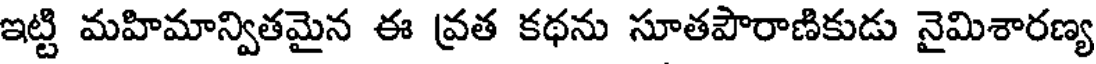
ఇట్టి మహిమాన్వితమైన ఈ వ్రత కథను సూతపౌరాణికుడు నైమిశారణ్య